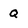
Character: q